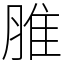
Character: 脽